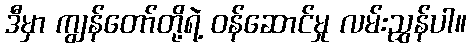
ဒီမှာ ကျွန်တော်တို့ရဲ့ ဝန်ဆောင်မှု လမ်းညွှန်ပါ။